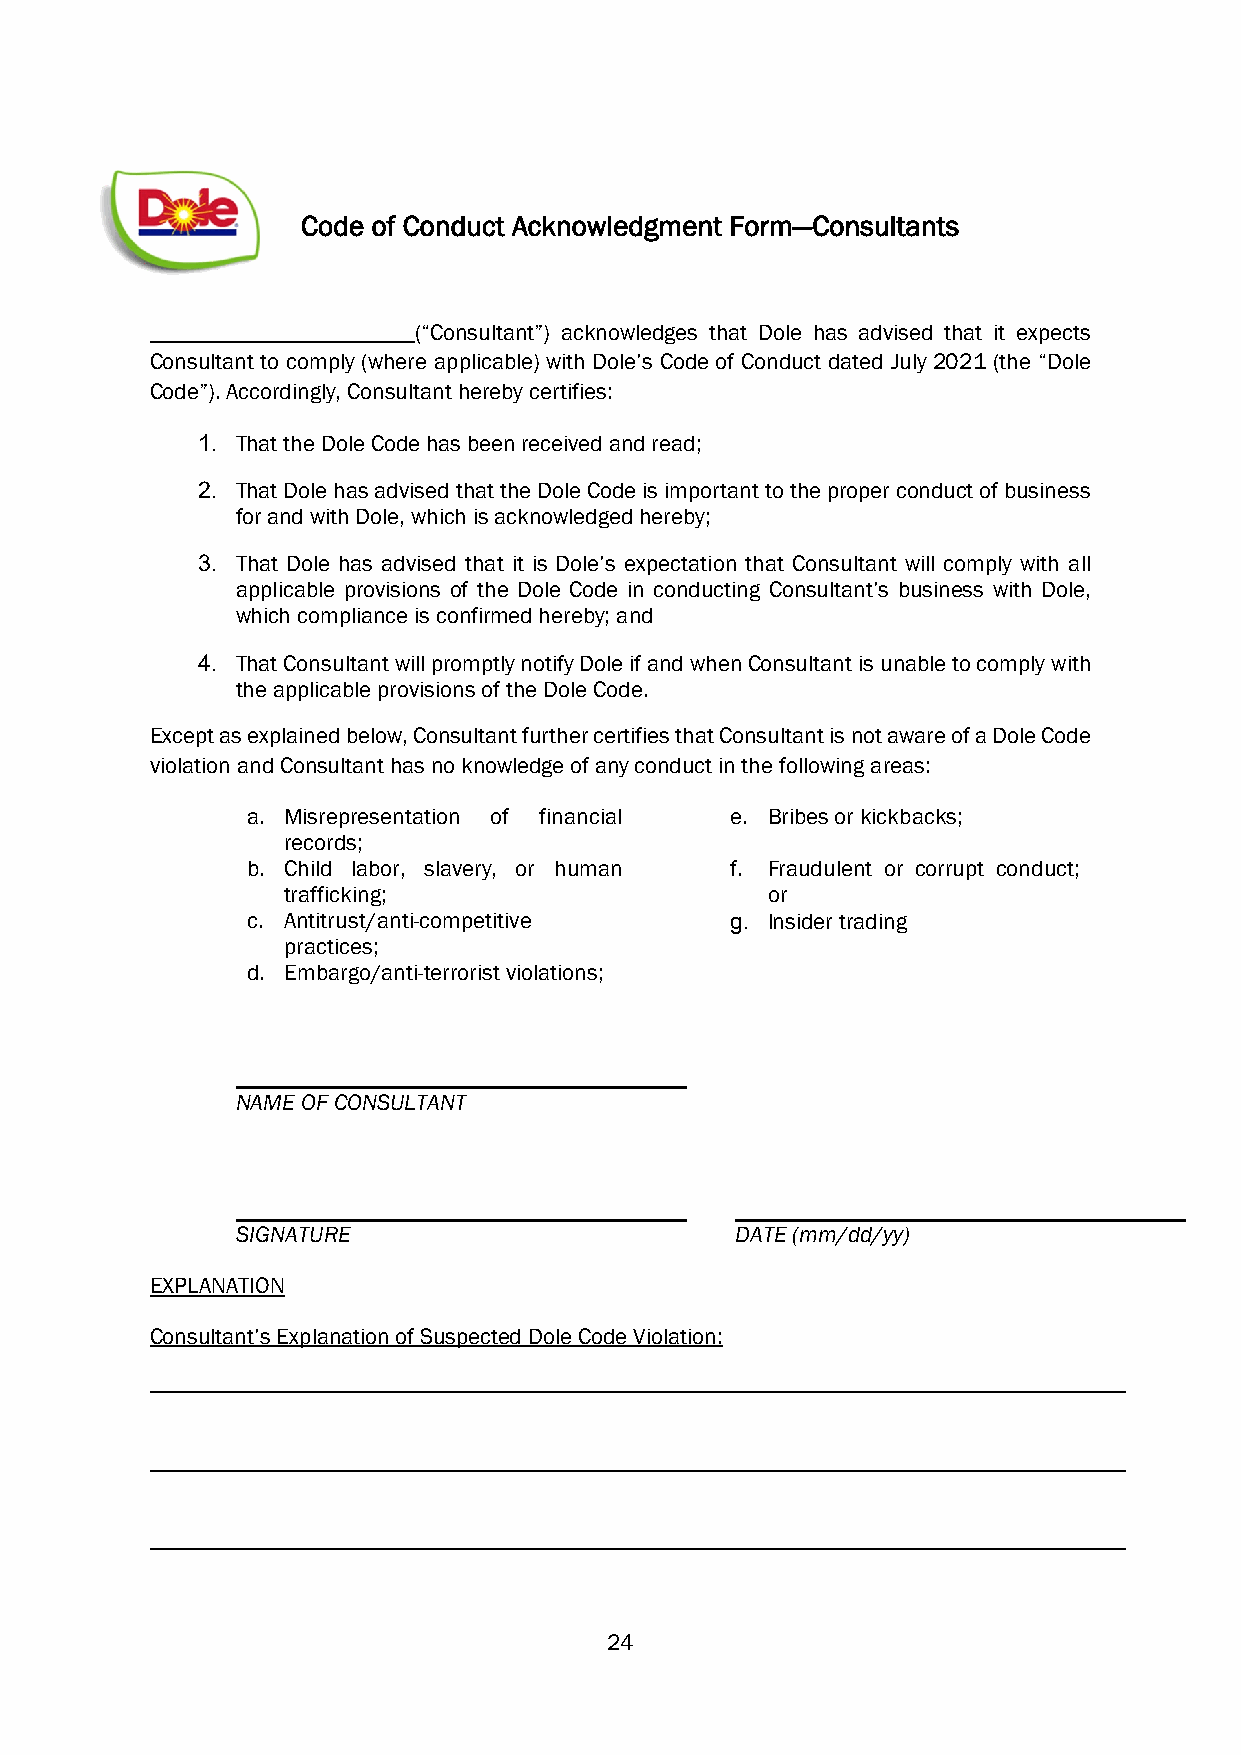
Code of Conduct Acknowledgment Form—Consultants
 (“Consultant”) acknowledges that Dole has advised that it expects
 Consultant to comply (where applicable) with Dole’s Code of Conduct dated July 2021 (the “Dole
 Code”). Accordingly, Consultant hereby certifies:
 1. That the Dole Code has been received and read;
 2. That Dole has advised that the Dole Code is important to the proper conduct of business
 for and with Dole, which is acknowledged hereby;
 3. That Dole has advised that it is Dole’s expectation that Consultant will comply with all
 applicable provisions of the Dole Code in conducting Consultant’s business with Dole,
 which compliance is confirmed hereby; and
 4. That Consultant will promptly notify Dole if and when Consultant is unable to comply with
 the applicable provisions of the Dole Code.
 Except as explained below, Consultant further certifies that Consultant is not aware of a Dole Code
 violation and Consultant has no knowledge of any conduct in the following areas:
 a. Misrepresentation of financial e. Bribes or kickbacks;
 records;
 b. Child labor, slavery, or human f. Fraudulent or corrupt conduct;
 trafficking;                    or
 c. Antitrust/anti-competitive   g. Insider trading
 practices;
 d. Embargo/anti-terrorist violations;
 NAME OF CONSULTANT
 SIGNATURE                        DATE (mm/dd/yy)
 EXPLANATION
 Consultant’s Explanation of Suspected Dole Code Violation:
 24